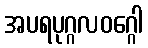
အပရပုဂ္ဂလဝဂ္ဂေါ